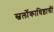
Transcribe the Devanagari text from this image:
स्वर्लोकाधिष्ठात्रीं